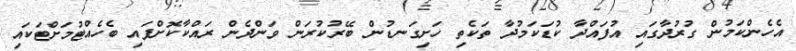
އެހެންކަމުން ގުރުދާގައި އުފައްދާ ކުޑަކަމުދާ ތަކެތި ހަށިގަނޑުން ބޭރުކުރަން ވަންދެން ރައްކާކޮށްފައި ބެހެއްޓުމަށްޓަކައި